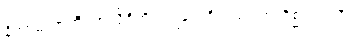
နိကာမလာဘီ၊ အလိုရှိတိုင်းရခြင်းရှိသည်။ အကိစ္ဆာလာလီ၊